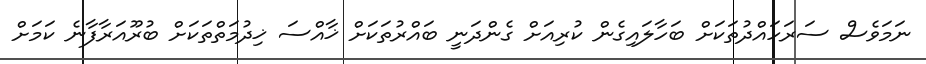
ނަމަވެސް ސަރަހައްދުތަކަށް ބަހާލައިގެން ކުރިއަށް ގެންދަނީ ބައްރުތަކަށް ޚާއްސަ ޚިދުމަތްތަކަށް ބުރޫއަރާފާނެ ކަމަށް